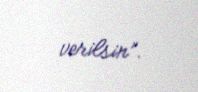
verilsin”.